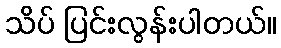
သိပ် ပြင်းလွန်းပါတယ်။